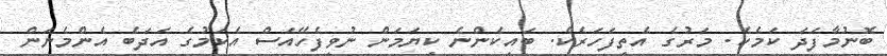
ބޮނުމާފަދަ ކަމެކެ. މަރުގެ އެތިފަހަރެކެ. ބައިކެންނެ ކިޔަމަން ނުވީފެހޭއަސް އެކަމުގެ އަދަބެ އެންމެނަން